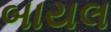
બાયલ